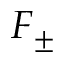
F _ { \pm }